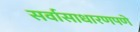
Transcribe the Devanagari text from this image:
सर्वासाधारणपणे